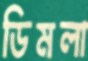
ডিমলা